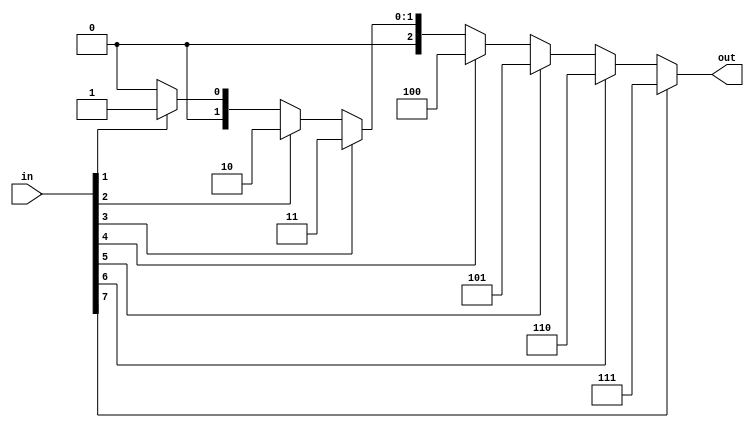
`timescale 1ns / 1ps

module priority_encoder(
  input [7:0]in,
  output reg [2:0]out);
  always @(*)
      begin
        if(in[7]==1) out=3'b111;
        else if(in[6]==1) out=3'b110;
        else if(in[5]==1) out=3'b101;
        else if(in[4]==1) out=3'b100;
        else if(in[3]==1) out=3'b011;
        else if(in[2]==1) out=3'b010;
        else if(in[1]==1) out=3'b001;
        else out=3'b000;
  end
endmodule